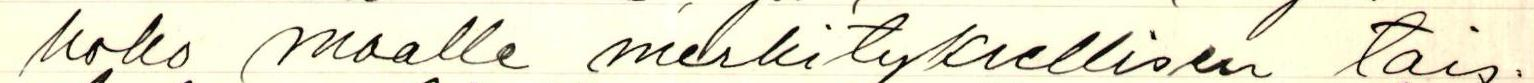
koko maalle merkityksellisen tais-